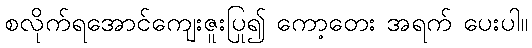
စလိုက်ရအောင်ကျေးဇူးပြု၍ ကော့တေး အရက် ပေးပါ။